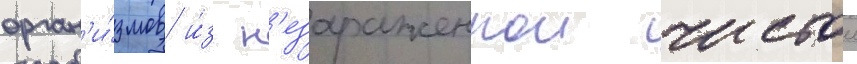
орган'и́змов и́з н'езараженнои чистои